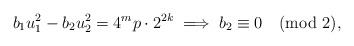
\begin{align*} b_{1}u_{1}^{2} - b_{2}u_{2}^{2} = 4^{m}p\cdot 2^{2k} \implies b_{2} \equiv 0 \pmod 2,\end{align*}